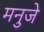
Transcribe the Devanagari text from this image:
मनुजे